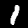
Label: 1